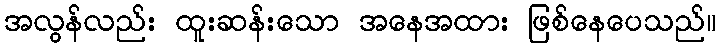
အလွန်လည်း ထူးဆန်းသော အနေအထား ဖြစ်နေပေသည်။